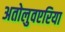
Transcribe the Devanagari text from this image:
अतोलुवएरिया